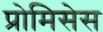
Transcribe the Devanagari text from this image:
प्रोमिसेस